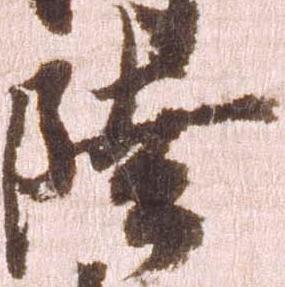
陸